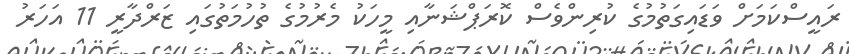
ރައީސްކަމަށް ވަޑައިގަތުމުގެ ކުރިންވެސް ކޮރަޕްޝަނާއި މީހަކު މެރުމުގެ ތުހުމަތުގައި ޒަރްދާރީ 11 އަހަރު